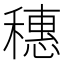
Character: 穗